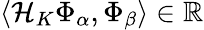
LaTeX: \langle\mathcal{H}_{K}\Phi_{\alpha},\Phi_{\beta}\rangle\in\mathbb{R}